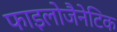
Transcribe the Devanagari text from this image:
फाइलोजैनेटिक